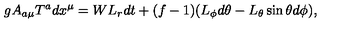
g A _ { a \mu } T ^ { a } d x ^ { \mu } = W L _ { r } d t + ( f - 1 ) ( L _ { \phi } d \theta - L _ { \theta } \sin \theta d \phi ) ,